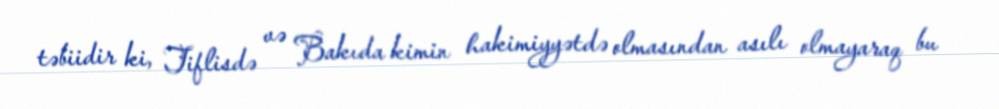
təbiidir ki, Tiflisdə və Bakıda kimin hakimiyyətdə olmasından asılı olmayaraq bu